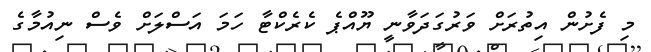
މި ފެށުން އިތުރަށް ވަރުގަދަވާނީ ޔޫއްޕެ ކެރެކްޓާ ހަމަ އަސްލަށް ވެސް ނިއުމާގެ